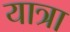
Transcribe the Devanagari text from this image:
यात्रा